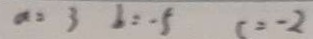
a = 3 b = - 5 c = - 2